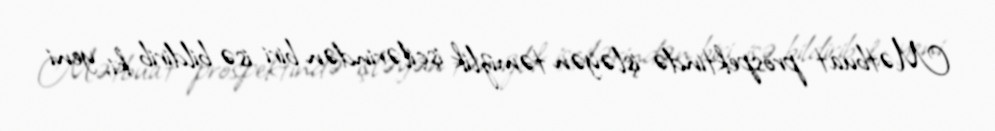
Mətbuat prospektində işləyən təmizlik işçilərindən biri isə bildirib ki, yeni